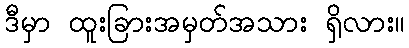
ဒီမှာ ထူးခြားအမှတ်အသား ရှိလား။